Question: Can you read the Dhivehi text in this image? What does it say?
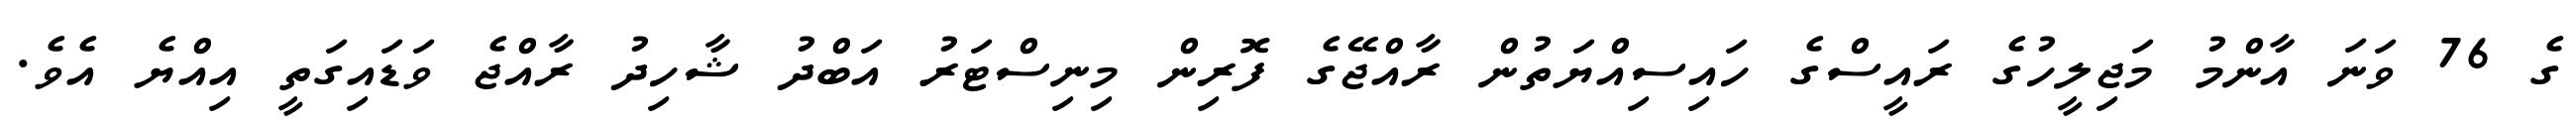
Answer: ގެ 76 ވަނަ އާންމު މަޖިލީހުގެ ރައީސްގެ ހައިސިއްޔަތުން ރާއްޖޭގެ ފޮރިން މިނިސްޓަރު އަބްދު ޝާހިދު ރާއްޖެ ވަޑައިގަތީ އިއްޔެ އެވެ.